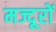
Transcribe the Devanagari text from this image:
मज्दूरों